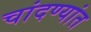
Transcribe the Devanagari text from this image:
चांदण्यांत